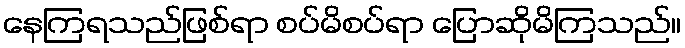
နေကြရသည်ဖြစ်ရာ စပ်မိစပ်ရာ ပြောဆိုမိကြသည်။